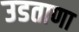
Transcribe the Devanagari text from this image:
उडताणा